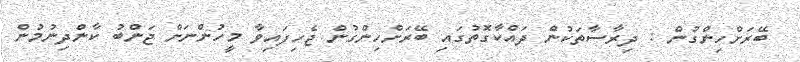
ބޭރަށްހިންގުން : ދިރާސާތަކުން ދައްކާގޮތުގައި ބޭރަށްހިންގުން ޖެހިފައިވާ މީހުންނަށް ޖަންބު ކާންދިނުމުން